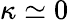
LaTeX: \kappa\simeq 0